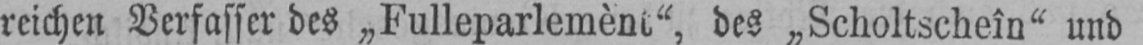
des „Scholtscheîn“ und